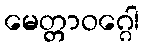
မေတ္တာဝဂ္ဂေါ